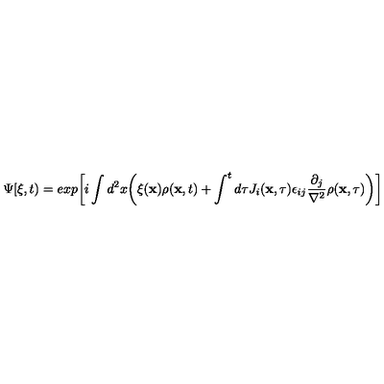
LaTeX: \Psi [ \xi , t ) = e x p \biggl [ i \int d ^ { 2 } x \biggl ( \xi ( { \bf x } ) \rho ( { \bf x } , t ) + \int ^ { t } d \tau J _ { i } ( { \bf x } , \tau ) \epsilon _ { i j } { \frac { \partial _ { j } } { \nabla ^ { 2 } } } \rho ( { \bf x } , \tau ) \biggr ) \biggl ]